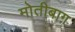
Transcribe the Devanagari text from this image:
मोतीबाग़